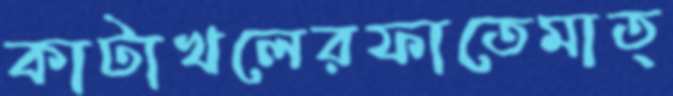
কাটাখলেরফাতেমাত্